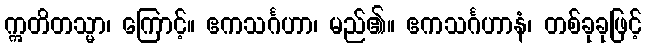
ဣတိတသ္မာ၊ ကြောင့်။ ဧကသင်္ဂဟာ၊ မည်၏။ ဧကသင်္ဂဟာနံ၊ တစ်ခုခုဖြင့်